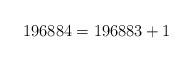
LaTeX: \begin{align*}196884 = 196883 + 1 \end{align*}